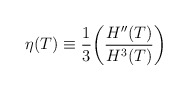
\begin{align*}\eta(T)\equiv\frac{1}{3}\bigg(\frac{H''(T)}{H^3(T)}\bigg)\end{align*}